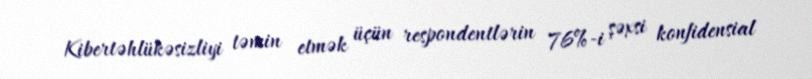
Kibertəhlükəsizliyi təmin etmək üçün respondentlərin 76%-i şəxsi konfidensial